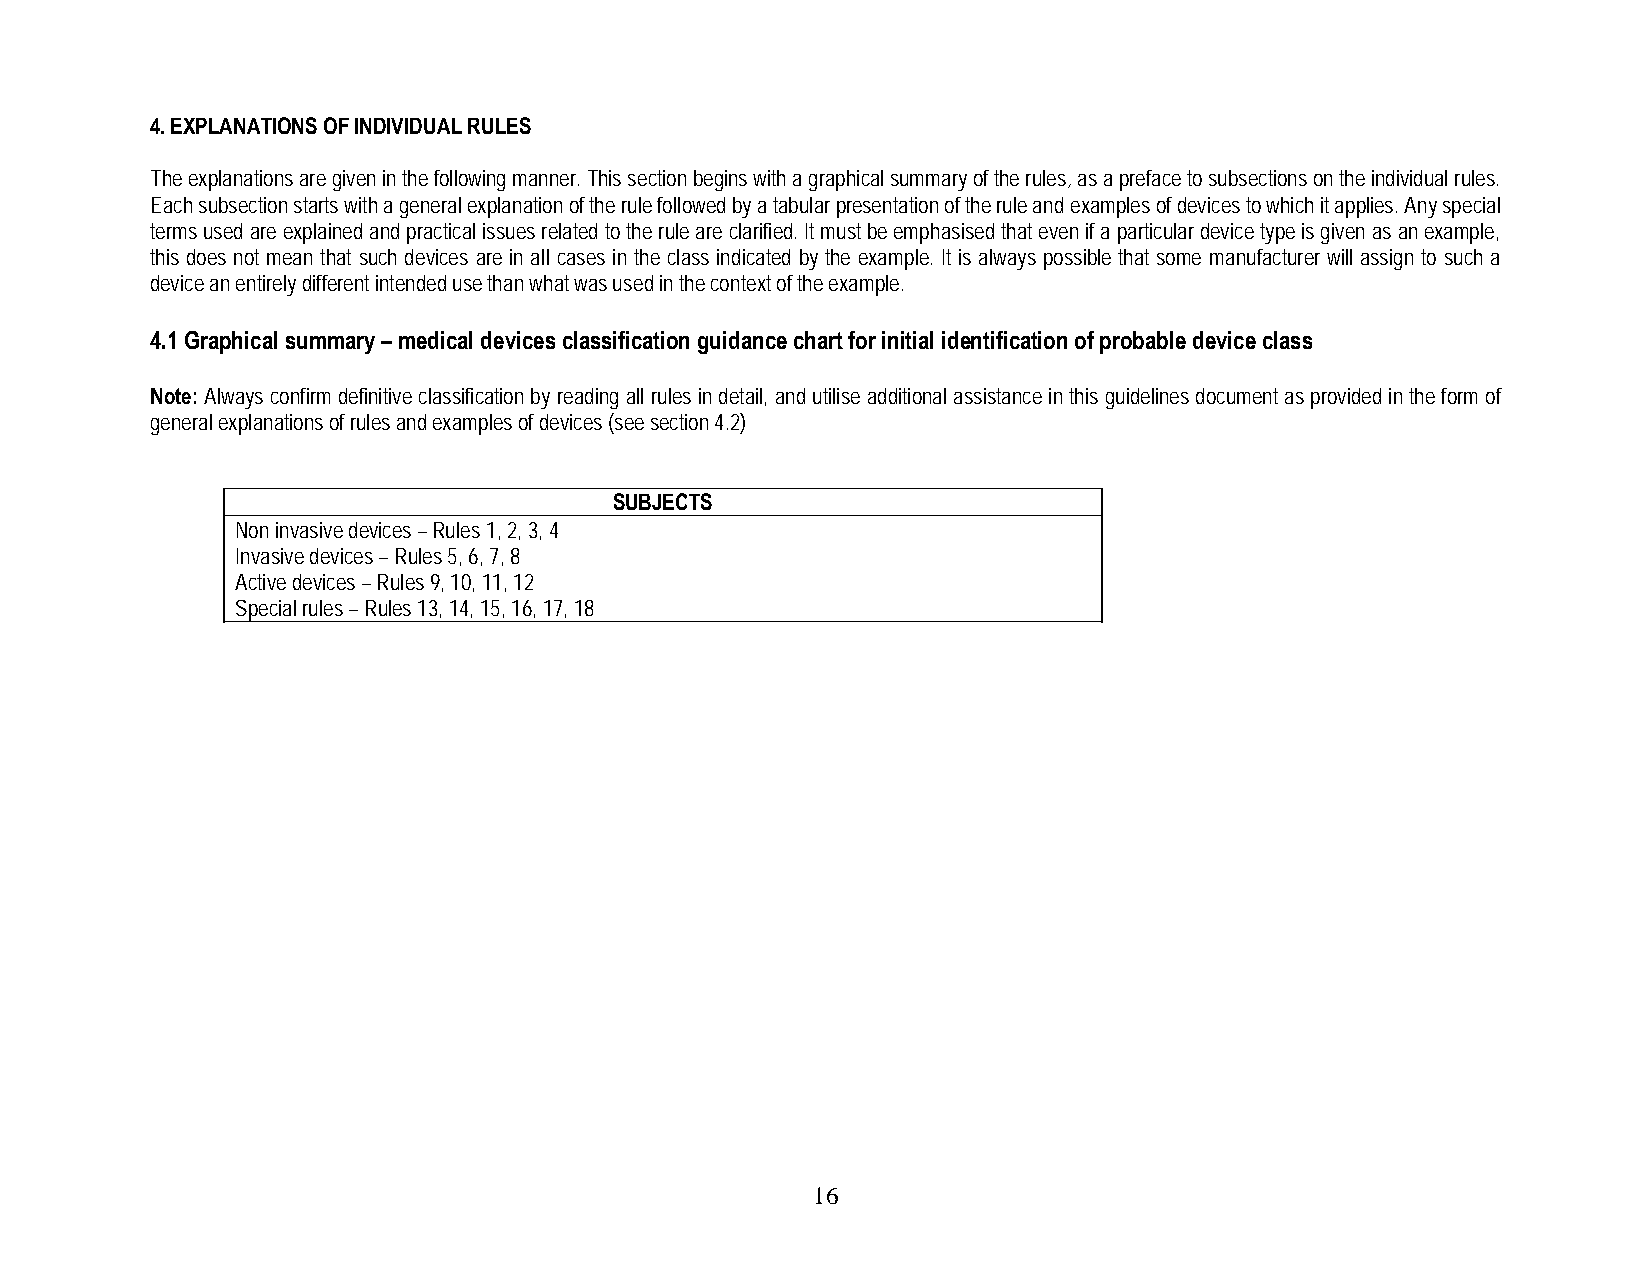
4. EXPLANATIONS OF INDIVIDUAL RULES
 The explanations are given in the following manner. This section begins with a graphical summary of the rules, as a preface to subsections on the individual rules.
 Each subsection starts with a general explanation of the rule followed by a tabular presentation of the rule and examples of devices to which it applies. Any special
 terms used are explained and practical issues related to the rule are clarified. It must be emphasised that even if a particular device type is given as an example,
 this does not mean that such devices are in all cases in the class indicated by the example. It is always possible that some manufacturer will assign to such a
 device an entirely different intended use than what was used in the context of the example.
 4.1 Graphical summary – medical devices classification guidance chart for initial identification of probable device class
 Note: Always confirm definitive classification by reading all rules in detail, and utilise additional assistance in this guidelines document as provided in the form of
 general explanations of rules and examples of devices (see section 4.2)
 SUBJECTS
 Non invasive devices – Rules 1, 2, 3, 4
 Invasive devices – Rules 5, 6, 7, 8
 Active devices – Rules 9, 10, 11, 12
 Special rules – Rules 13, 14, 15, 16, 17, 18
 1 6